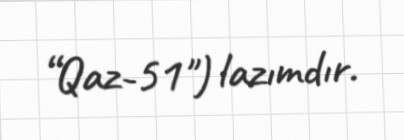
“Qaz-51") lazımdır.